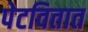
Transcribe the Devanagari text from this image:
पेटवितात